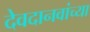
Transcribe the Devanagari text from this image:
देवदानवांच्या